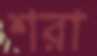
শরা